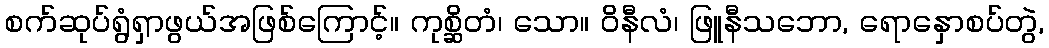
စက်ဆုပ်ရွံရှာဖွယ်အဖြစ်ကြောင့်။ ကုစ္ဆိတံ၊ သော။ ဝိနီလံ၊ ဖြူနီသဘော, ရောနှောစပ်တွဲ,